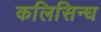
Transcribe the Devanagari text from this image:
कलिसिन्ध